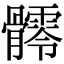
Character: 𩪥